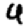
Digit: 4